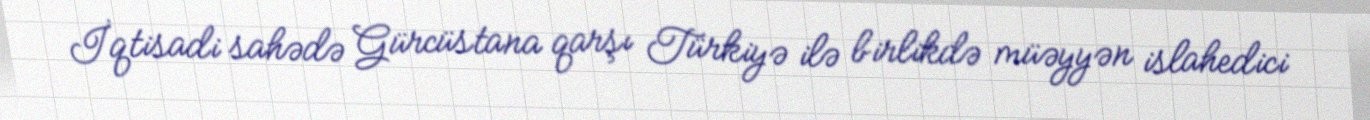
İqtisadi sahədə Gürcüstana qarşı Türkiyə ilə birlikdə müəyyən islahedici